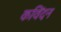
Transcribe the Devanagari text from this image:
कविंदन